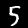
Label: 5